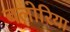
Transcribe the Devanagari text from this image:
बलोरिया